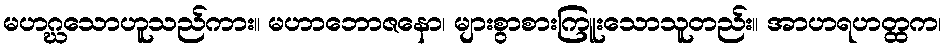
မဟဂ္ဃသောဟူသည်ကား။ မဟာဘောဇနော၊ များစွာစားကြူးသောသူတည်း။ အာဟရဟတ္ထက၊